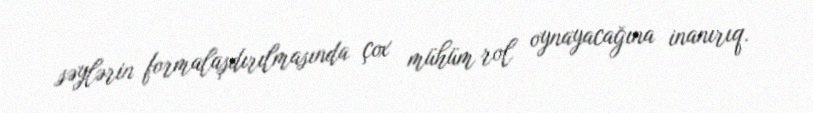
səylərin formalaşdırılmasında çox mühüm rol oynayacağına inanırıq.